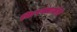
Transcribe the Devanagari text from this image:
किरक्लालेरी